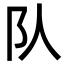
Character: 队